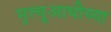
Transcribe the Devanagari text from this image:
मृत्यूआधीच्या